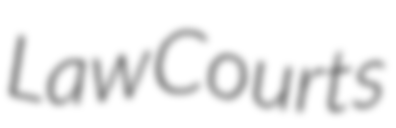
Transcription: Law Courts